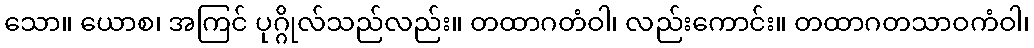
သော။ ယောစ၊ အကြင် ပုဂ္ဂိုလ်သည်လည်း။ တထာဂတံဝါ၊ လည်းကောင်း။ တထာဂတသာဝကံဝါ၊